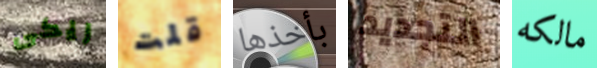
ريكى قلت بأخذها التجديد مالكه